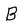
Character: B